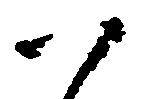
ハ